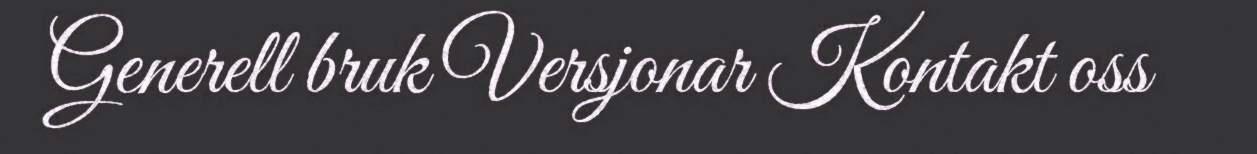
Generell bruk Versjonar Kontakt oss